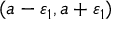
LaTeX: ( a - \varepsilon _ { 1 } , a + \varepsilon _ { 1 } )